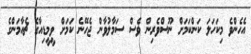
އެހެންވެ މިކަހަލަ ކަންކަމަށް ނޫސްވެރިން ވެސް ސަމާލުވާން ޖެހޭނެ ކަމަށް ވީމީޑިއާގެ ޗެއާމަންގެ